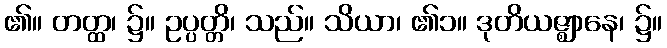
၏။ တတ္ထ၊ ၌။ ဥပ္ပတ္တိ၊ သည်။ သိယာ၊ ၏၁။ ဒုတိယဇ္ဈာနေ၊ ၌။